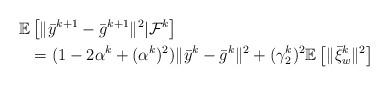
LaTeX: \begin{align*}\begin{aligned}\mathbb{E}&\left[\|\bar{y}^{k+1}-\bar{g}^{k+1}\|^2|\mathcal{F}^k\right]\\&= (1-2\alpha^k+(\alpha^k)^2)\| \bar{y}^k-\bar{g}^k\|^2 +(\gamma_2^k)^2 \mathbb{E}\left[\|\bar{\xi}_w^k\|^2\right]\end{aligned}\end{align*}